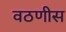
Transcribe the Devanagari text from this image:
वठणीस